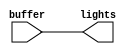
module ledr(
	input [9:0] buffer,
	output [9:0] lights
	);
	assign lights = buffer;
endmodule